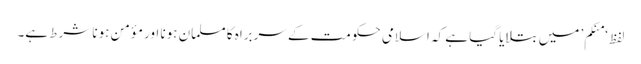
لفظ ‘منکم’ میں بتلایا گیا ہے کہ اسلامی حکومت کے سربراہ کا مسلمان ہونا اور مؤمن ہونا شرط ہے۔